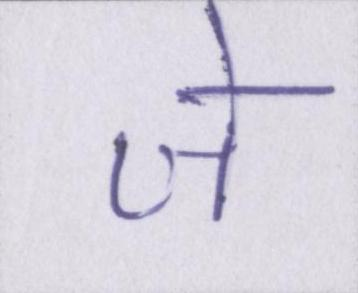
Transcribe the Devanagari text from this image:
जे